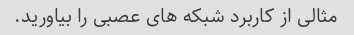
مثالی از کاربرد شبکه های عصبی را بیاورید.